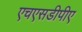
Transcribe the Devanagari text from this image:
एचएसडीपीए